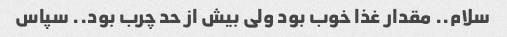
سلام.. مقدار غذا خوب بود ولی بیش از حد چرب بود.. سپاس